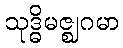
သုဒ္ဓိမဇ္ဈဂမာ